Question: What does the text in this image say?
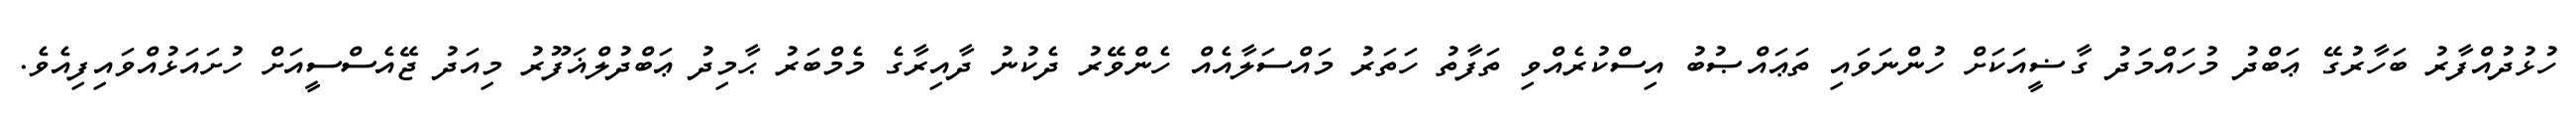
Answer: ހުޅުދުއްފާރު ބަހާރުގޭ ޢަބްދު މުހައްމަދު ގާޟީއަކަށް ހުންނަވައި ތަޢައްޞުބު އިސްކުރެއްވި ތަފާތު ހަތަރު މައްސަލާއެއް ހެންވޭރު ދެކުނު ދާއިރާގެ މެމްބަރު ޙާމިދު ޢަބްދުލްޣަފޫރު މިއަދު ޖޭއެސްސީއަށް ހުށައަޅުއްވައިފިއެވެ.